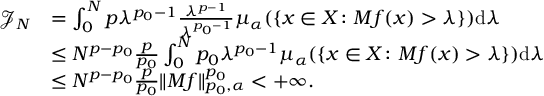
\begin{array} { r l } { \mathcal { J } _ { N } } & { = \int _ { 0 } ^ { N } p \lambda ^ { p _ { 0 } - 1 } \frac { \lambda ^ { p - 1 } } { \lambda ^ { p _ { 0 } - 1 } } \mu _ { \alpha } ( \{ x \in X \colon M f ( x ) > \lambda \} ) \mathrm { d } \lambda } \\ & { \leq N ^ { p - p _ { 0 } } \frac { p } { p _ { 0 } } \int _ { 0 } ^ { N } p _ { 0 } \lambda ^ { p _ { 0 } - 1 } \mu _ { \alpha } ( \{ x \in X \colon M f ( x ) > \lambda \} ) \mathrm { d } \lambda } \\ & { \leq N ^ { p - p _ { 0 } } \frac { p } { p _ { 0 } } \| M f \| _ { p _ { 0 } , \alpha } ^ { p _ { 0 } } < + \infty . } \end{array}